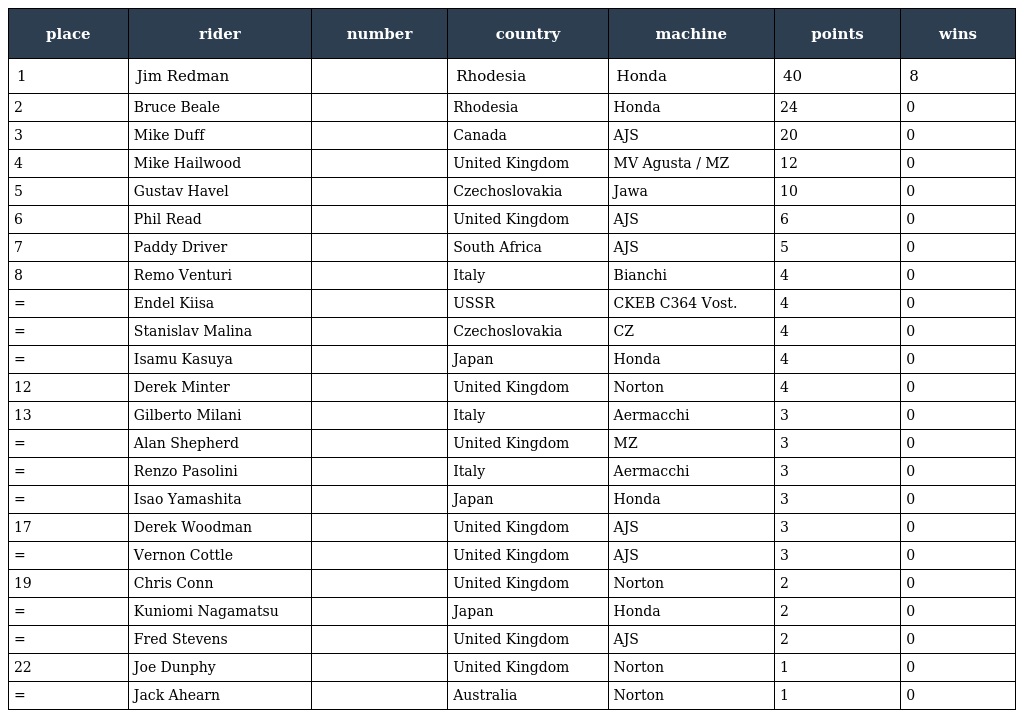
| place | rider | number | country | machine | points | wins |
 | --- | --- | --- | --- | --- | --- | --- |
 | 1 | Jim Redman |  | Rhodesia | Honda | 40 | 8 |
 | 2 | Bruce Beale |  | Rhodesia | Honda | 24 | 0 |
 | 3 | Mike Duff |  | Canada | AJS | 20 | 0 |
 | 4 | Mike Hailwood |  | United Kingdom | MV Agusta / MZ | 12 | 0 |
 | 5 | Gustav Havel |  | Czechoslovakia | Jawa | 10 | 0 |
 | 6 | Phil Read |  | United Kingdom | AJS | 6 | 0 |
 | 7 | Paddy Driver |  | South Africa | AJS | 5 | 0 |
 | 8 | Remo Venturi |  | Italy | Bianchi | 4 | 0 |
 | = | Endel Kiisa |  | USSR | CKEB C364 Vost. | 4 | 0 |
 | = | Stanislav Malina |  | Czechoslovakia | CZ | 4 | 0 |
 | = | Isamu Kasuya |  | Japan | Honda | 4 | 0 |
 | 12 | Derek Minter |  | United Kingdom | Norton | 4 | 0 |
 | 13 | Gilberto Milani |  | Italy | Aermacchi | 3 | 0 |
 | = | Alan Shepherd |  | United Kingdom | MZ | 3 | 0 |
 | = | Renzo Pasolini |  | Italy | Aermacchi | 3 | 0 |
 | = | Isao Yamashita |  | Japan | Honda | 3 | 0 |
 | 17 | Derek Woodman |  | United Kingdom | AJS | 3 | 0 |
 | = | Vernon Cottle |  | United Kingdom | AJS | 3 | 0 |
 | 19 | Chris Conn |  | United Kingdom | Norton | 2 | 0 |
 | = | Kuniomi Nagamatsu |  | Japan | Honda | 2 | 0 |
 | = | Fred Stevens |  | United Kingdom | AJS | 2 | 0 |
 | 22 | Joe Dunphy |  | United Kingdom | Norton | 1 | 0 |
 | = | Jack Ahearn |  | Australia | Norton | 1 | 0 |